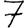
Digit: 7